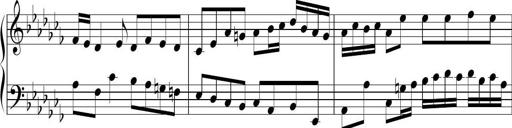
Title: Ten Piano Sonatinas
Composer: Andreas Sain